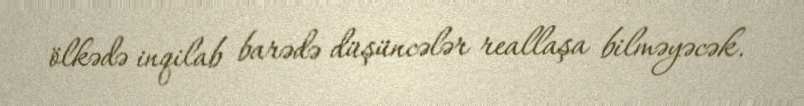
ölkədə inqilab barədə düşüncələr reallaşa bilməyəcək.